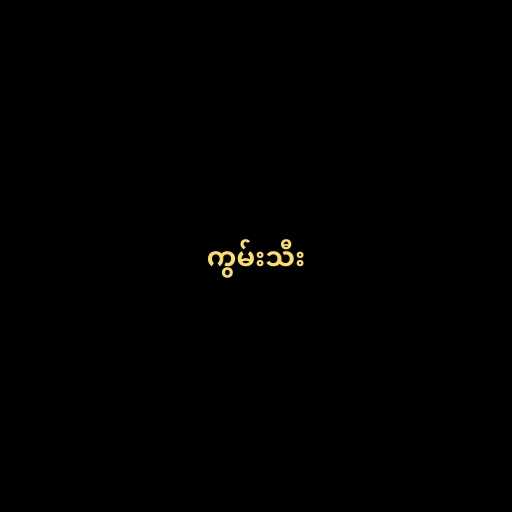
ကွမ်းသီး